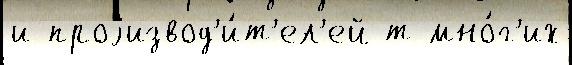
и проjизвод'и́т'ел'ей т мно́г'их